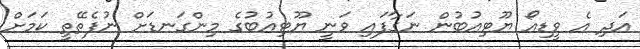
އަދި އެ ވީޑިއޯ ޔޫޓިއުބުން ނަގާފައި ވަނީ ޔޫޓިއުބުގެ މިންގަނޑަށް ނުފެތޭތީ ކަމަށް